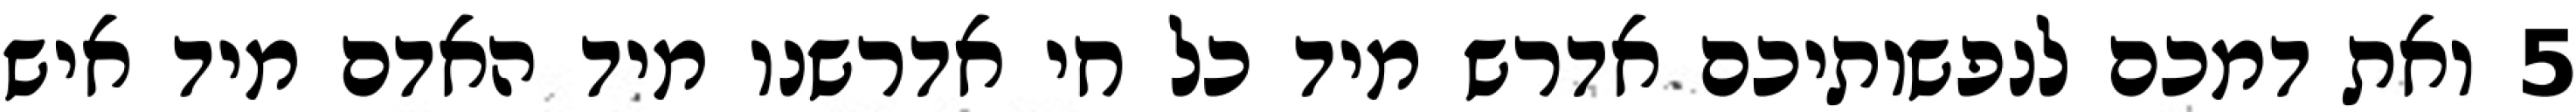
‎5‏ ואת דמכם לנפשותיכם אדרש מיד כל חי אדרשנו מיד האדם מיד איש